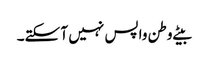
بیٹے وطن واپس نہیں آ سکتے۔